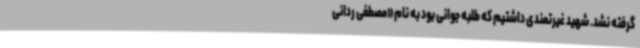
گرفته نشد. شهید غیرتمندی داشتیم که طلبه جوانی بود به نام «مصطفی ردانی